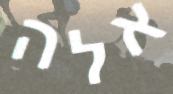
אלה